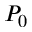
P _ { 0 }